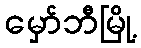
မှော်ဘီမြို့